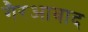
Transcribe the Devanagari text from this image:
गैरआबाद